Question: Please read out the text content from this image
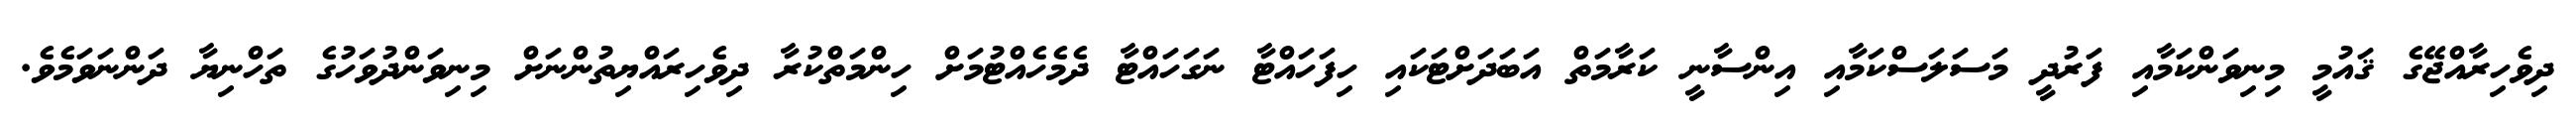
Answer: ދިވެހިރާއްޖޭގެ ޤައުމީ މިނިވަންކަމާއި ފަރުދީ މަސަލަސްކަމާއި އިންސާނީ ކަރާމަތް އަބަދަށްޓަކައި ހިފަހައްޓާ ނަގަހައްޓާ ދެމެހެއްޓުމަށް ހިންމަތްކުރާ ދިވެހިރައްޔިތުންނަށް މިނިވަންދުވަހުގެ ތަހްނިޔާ ދަންނަވަމެވެ.